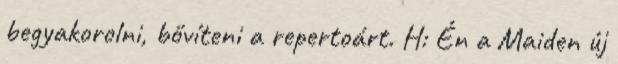
begyakorolni, bővíteni a repertoárt. H: Én a Maiden új